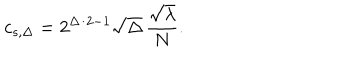
c _ { s , \Delta } = 2 ^ { \Delta / 2 - 1 } \sqrt { \Delta } \, \frac { \sqrt { \lambda } } { N } .